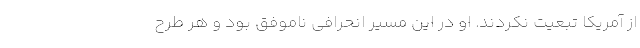
از آمریکا تبعیت نکردند. او در این مسیر انحرافی ناموفق بود و هر طرح